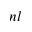
n l